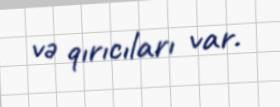
və qırıcıları var.